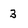
Character: 3